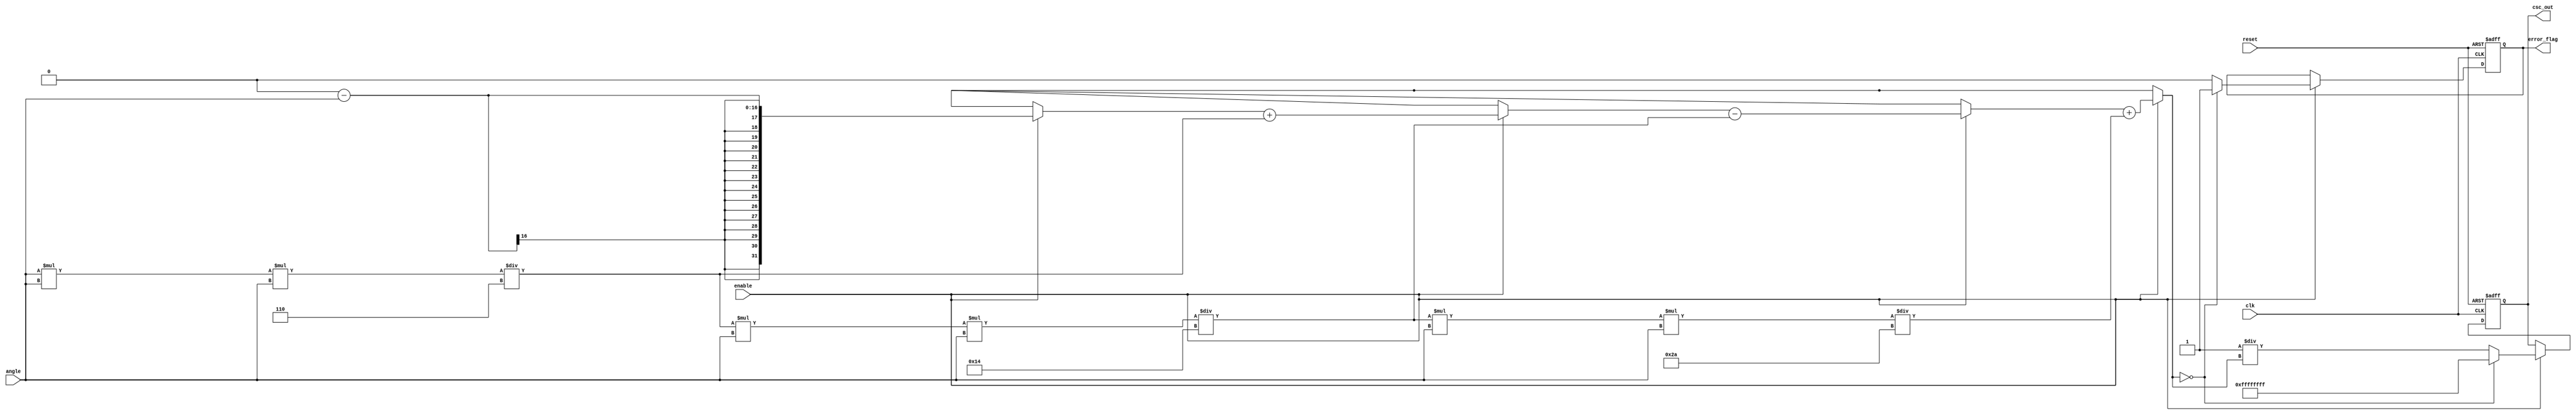
module csc_arithmetic_block (
    input wire clk,
    input wire reset,
    input wire enable,
    input wire [15:0] angle, // Input angle in radians (fixed-point representation)
    output reg [31:0] csc_out, // Output cosecant value (fixed-point representation)
    output reg error_flag // Error flag for division by zero
);

    // Internal signals
    reg [31:0] sin_value;
    reg [31:0] reciprocal;

    // Sine approximation using Taylor series (up to 5 terms for simplicity)
    function [31:0] sine;
        input [15:0] x;
        reg [31:0] term;
        reg [31:0] result;
        integer i;
        begin
            result = 0;
            term = x; // First term: x
            for (i = 1; i < 5; i = i + 1) begin
                if (i % 2 == 1) begin // Odd terms are negative
                    result = result - term;
                end else begin // Even terms are positive
                    result = result + term;
                end
                term = (term * x * x) / ((2 * i) * (2 * i + 1)); // Calculate next term
            end
            sine = result; // Return the sine value
        end
    endfunction

    // Main process
    always @(posedge clk or posedge reset) begin
        if (reset) begin
            csc_out <= 32'b0;
            error_flag <= 1'b0;
        end else if (enable) begin
            // Calculate sine value
            sin_value = sine(angle);

            // Check for division by zero
            if (sin_value == 32'b0) begin
                csc_out <= 32'hFFFFFFFF; // Set output to NaN or a special value
                error_flag <= 1'b1; // Set error flag
            end else begin
                // Calculate reciprocal (1/sin_value)
                reciprocal = 32'd1 / sin_value; // Simple division
                csc_out <= reciprocal; // Output the cosecant value
                error_flag <= 1'b0; // Clear error flag
            end
        end
    end

endmodule